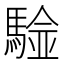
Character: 𩤼